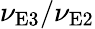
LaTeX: \nu_{\textrm{E3}}/\nu_{\textrm{E2}}